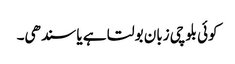
کوئی بلوچی زبان بولتا ہے یا سندھی۔